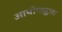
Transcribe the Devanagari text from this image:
आयोगाद्वारा